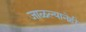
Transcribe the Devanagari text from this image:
जाळल्यानेही